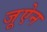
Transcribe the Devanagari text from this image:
जूऐन